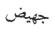
جھيض